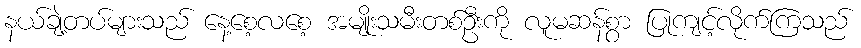
နယ်ချဲ့တပ်များသည် နေ့စေ့လစေ့ အမျိုးသမီးတစ်ဦးကို လူမဆန်စွာ ပြုကျင့်လိုက်ကြသည်